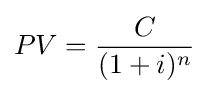
PV={\frac {C}{(1+i)^{n}}}